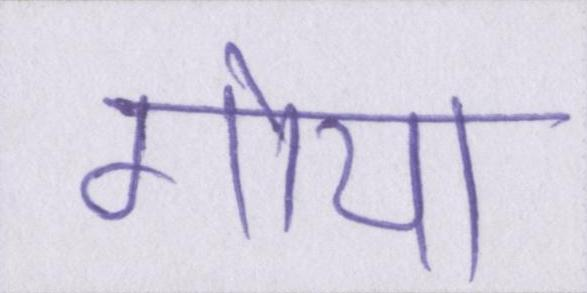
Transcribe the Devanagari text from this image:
गोया